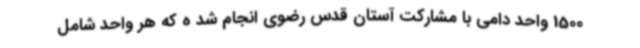
1500 واحد دامی با مشارکت آستان قدس رضوی انجام شد ه که هر واحد شامل